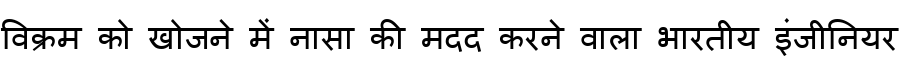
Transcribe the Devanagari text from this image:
विक्रम को खोजने में नासा की मदद करने वाला भारतीय इंजीनियर